Plague in India, 1896, 1897 - Volume 2
Year: 1896
Disease focus: Plague
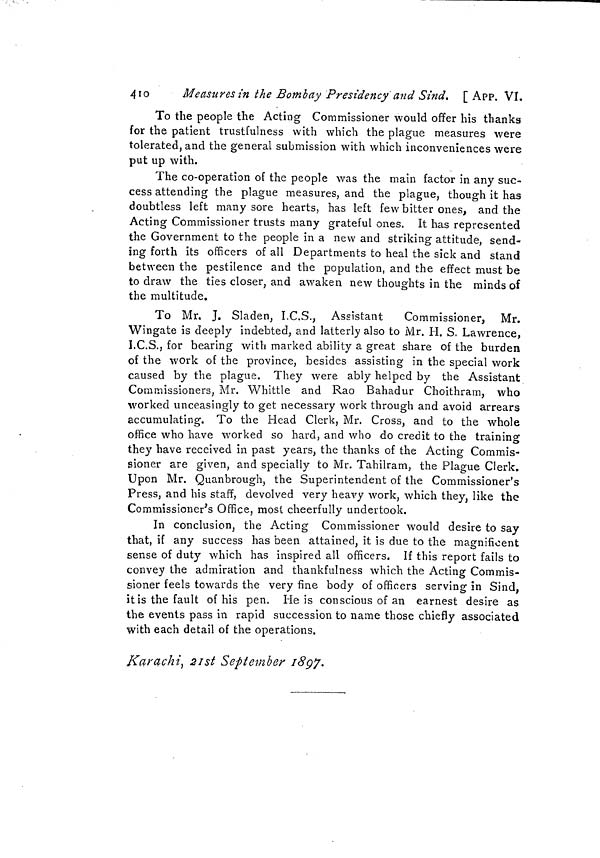
410
Measures in the Bombay Presidency and Sind. [App. Vî.
To the people the Acting Commissioner would offer his thanks
for the patient trustfulness with which the plague measures were
tolerated, and the general submission with which inconveniences were
put up with.
The co-operation of the people was the main factor in any suc-
cess attending the plague measures, and the plague, though it has
doubtless left many sore hearts, has left few bitter ones, and the
Acting Commissioner trusts many grateful ones. It has represented
the Government to the people in a new and striking attitude, send-
ing forth its officers of all Departments to heal the sick and stand
between the pestilence and the population, and the effect must be
to draw the ties closer, and awaken new thoughts in the minds of
the multitude.
To Mr. J. Sladen, I.C.S., Assistant
Commissioner, Mr.
Wingate is deeply indebted, and latterly also to Mr. H. S. Lawrence,
I.C.S., for bearing with marked ability a great share of the burden
of the work of the province, besides assisting in the special work
caused by the plague. They were ably helped by the Assistant
Commissioners, Mr. Whittle and Rao Bahadur Choithram, who
worked unceasingly to get necessary work through and avoid arrears
accumulating. To the Head Clerk, Mr. Cross, and to the whole
office who have worked so hard, and who do credit to the training
they have received in past years, the thanks of the Acting Commis-
sioner are given, and specially to Mr. Tahilram, the Plague Clerk.
Upon Mr. Quanbrough, the Superintendent of the Commissioner's
Press, and his staff, devolved very heavy work, which they, like the
Commissioner's Office, most cheerfully undertook.
In conclusion, the Acting Commissioner would desire to say
that, if any success has been attained, it is due to the magnificent
sense of duty which has inspired all officers. If this report fails to
convey the admiration and thankfulness which the Acting Commis-
sioner feels towards the very fine body of officers serving in Sind,
it is the fault of his pen. He is conscious of an earnest desire as
the events pass in rapid succession to name those chiefly associated
with each detail of the operations.
Karachi, 21st September 189*7.